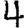
Digit: 4